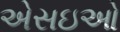
એસઇઓ